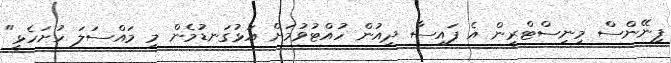
ފިނޭންސް މިނިސްޓްރީން އެ ފައިސާ ދިއުން ހުއްޓުވުމަށް އަޅުގަނޑުމެން މި މައްސަލަ ހުށަހެޅީ"